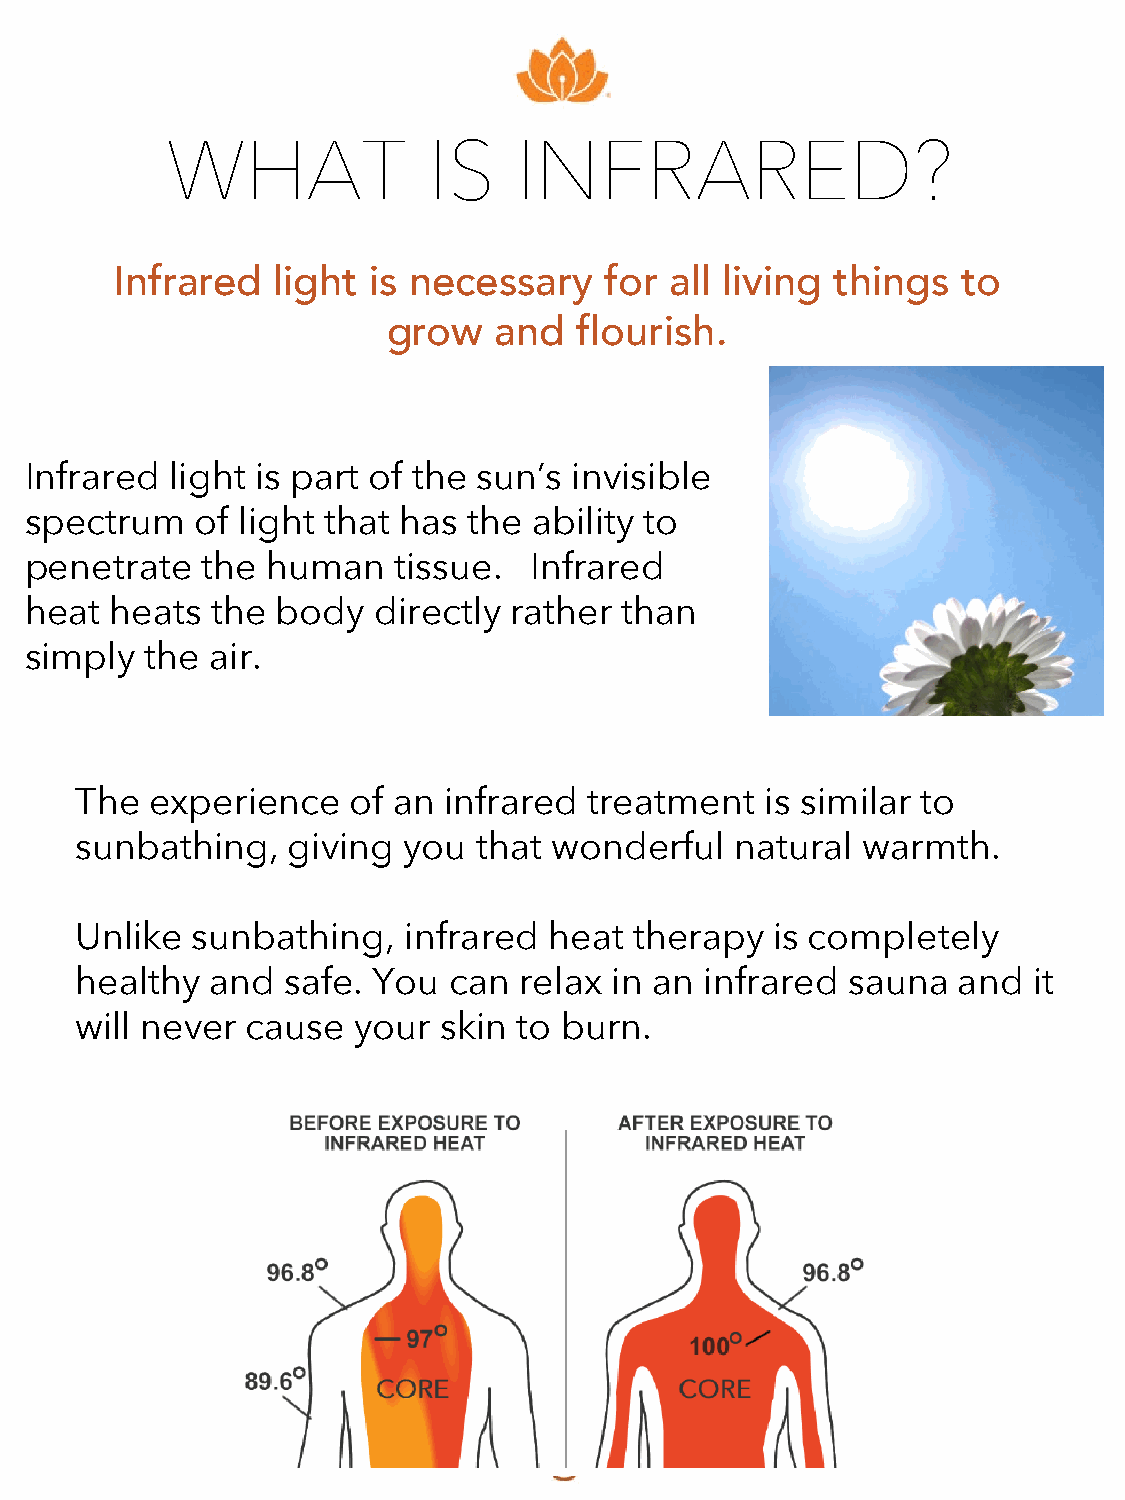
WHAT             IS    INFRARED?
 Infrared  light is necessary    for all living things   to
 grow   and  flourish.
 Infrared light is part of the sun’s invisible
 spectrum   of light that has the ability to
 penetrate  the  human   tissue.  Infrared
 heat heats  the body   directly rather than
 simply  the air.
 The  experience   of an infrared  treatment   is similar to
 sunbathing,   giving  you that wonderful    natural warmth.
 Unlike  sunbathing,   infrared heat  therapy  is completely
 healthy  and  safe. You  can relax in an  infrared sauna  and  it
 will never cause  your  skin to burn.